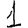
Digit: 1